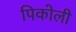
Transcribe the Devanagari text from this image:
पिकोली